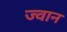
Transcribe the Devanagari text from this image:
ज्वान